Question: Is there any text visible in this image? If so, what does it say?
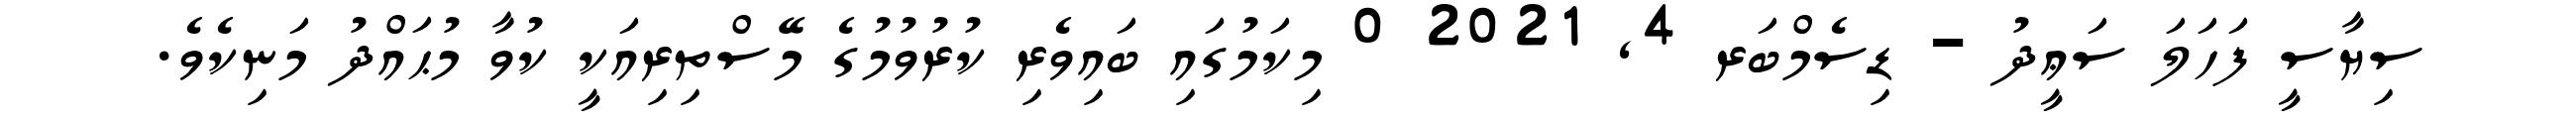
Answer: ސިޔާސީ ފަހަލަ ސަޢީދު - ޑިސެމްބަރ 4, 2021 0 މިކަމުގައި ބައިވެރި ކުރުވުމުގެ މޭސްތިރިއަކީ ކުވާ މުޙައްދު މަނިކެވެ.